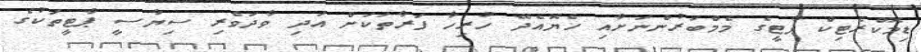
ޑިމޮކްރެޓިކް ޕާޓީގެ މެމްބަރުންނަށާއި ހެޔޮއެދޭ ހުރިހާ ފަރާތަކަށް އަދި ވާދަވެރި ސިޔާސީ ޕާޓީތަކުގެ